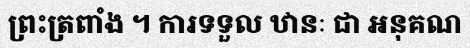
ព្រះត្រពាំង ។ ការទទួល ឋានៈ ជា អនុគណ